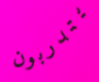
يتدربون